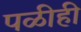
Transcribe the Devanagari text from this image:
पळीही